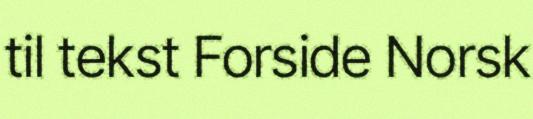
til tekst Forside Norsk